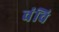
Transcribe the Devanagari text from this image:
वंचि